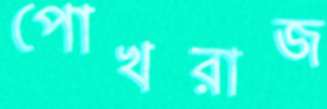
পোখরাজ